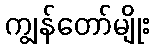
ကျွန်တော်မျိုး